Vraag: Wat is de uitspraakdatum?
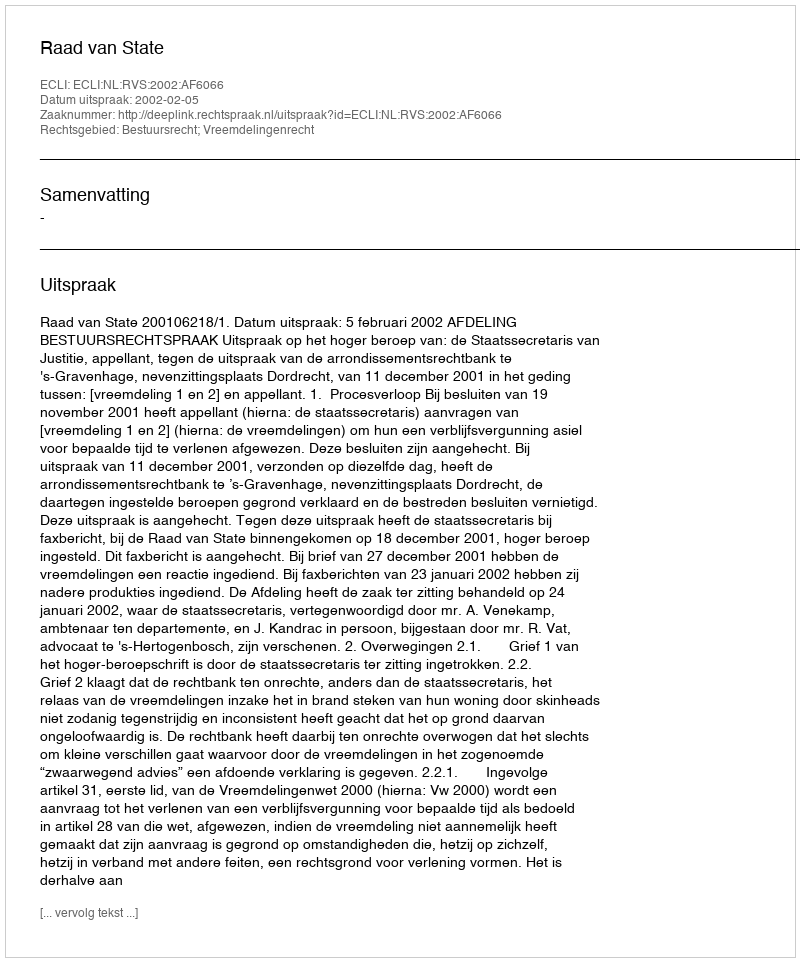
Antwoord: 2002-02-05